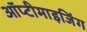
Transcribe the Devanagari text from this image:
ऑप्टीमाइजिंग